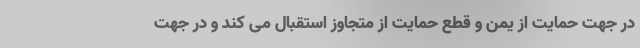
در جهت حمایت از یمن و قطع حمایت از متجاوز استقبال می کند و در جهت